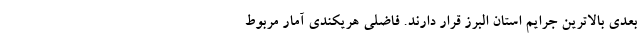
بعدی بالاترین جرایم استان البرز قرار دارند. فاضلی هریکندی آمار مربوط